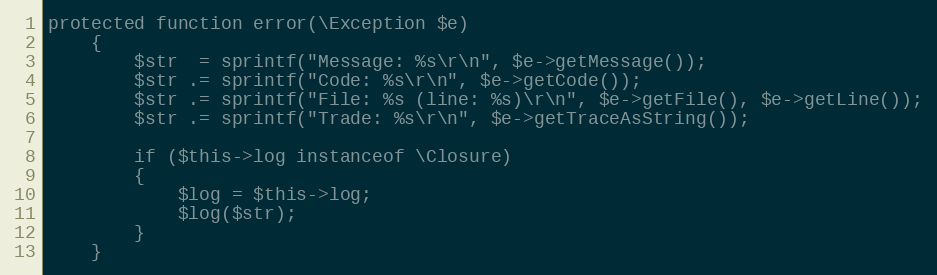
Language: PHP
protected function error(\Exception $e)
    {
        $str  = sprintf("Message: %s\r\n", $e->getMessage());
        $str .= sprintf("Code: %s\r\n", $e->getCode());
        $str .= sprintf("File: %s (line: %s)\r\n", $e->getFile(), $e->getLine());
        $str .= sprintf("Trade: %s\r\n", $e->getTraceAsString());

        if ($this->log instanceof \Closure)
        {
            $log = $this->log;
            $log($str);
        }
    }